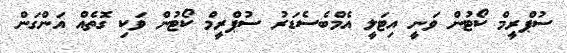
ސުޕްރީމް ކޯޓުން ވަނީ އިޓަލީ އެމްބެސެޑަރު ސުޕްރީމް ކޯޓުން ވަކި ގޮތެއް އަންގަން